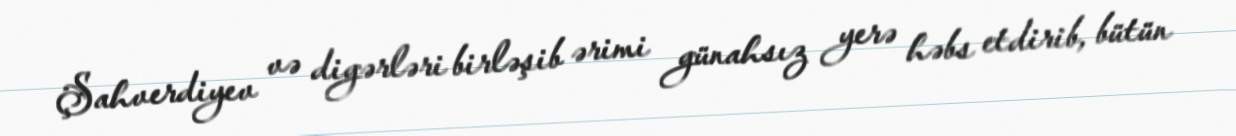
Şahverdiyev və digərləri birləşib ərimi günahsız yerə həbs etdirib, bütün